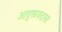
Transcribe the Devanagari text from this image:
आयुक्तपदावर